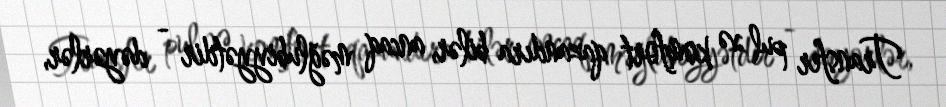
Transfer pul və komfort qazandıra bilər, ancaq məğlubiyyətdir - dəyərlər,